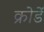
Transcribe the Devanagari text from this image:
क्रोडें